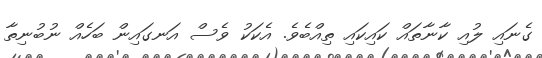
ގެނައި ލުއި ކާނާތައް ކައިކައި ތިއްބެވެ. އެކަކު ވެސް އަނގައިން ބަހެއް ނުބުނިތާ